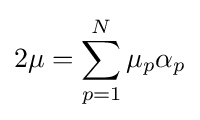
2\mu =\sum _{p=1}^{N}\mu _{p}\alpha _{p}